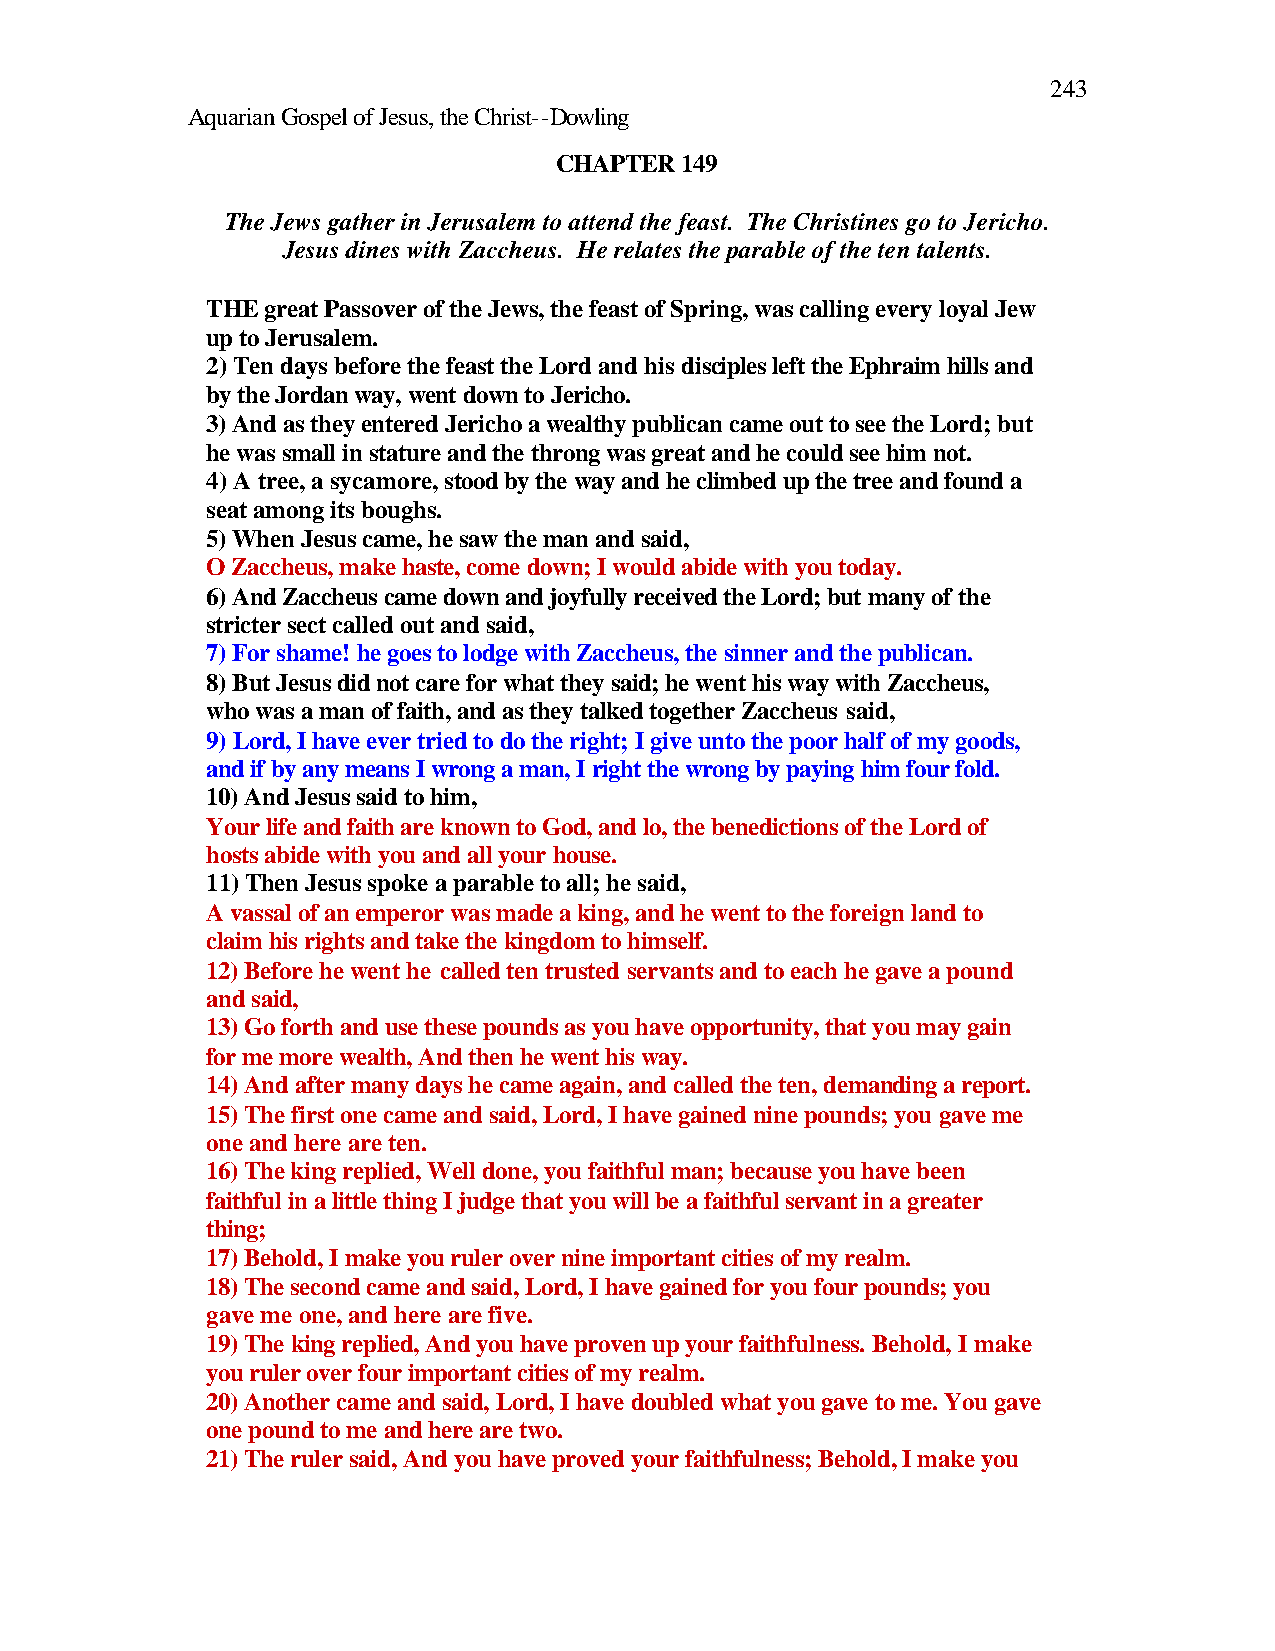
243
 Aquarian Gospel of Jesus, the Christ--Dowling
 CHAPTER 149
 The Jews gather in Jerusalem to attend the feast. The Christines go to Jericho.
 Jesus dines with Zaccheus. He relates the parable of the ten talents.
 THE great Passover of the Jews, the feast of Spring, was calling every loyal Jew
 up to Jerusalem.
 2) Ten days before the feast the Lord and his disciples left the Ephraim hills and
 by the Jordan way, went down to Jericho.
 3) And as they entered Jericho a wealthy publican came out to see the Lord; but
 he was small in stature and the throng was great and he could see him not.
 4) A tree, a sycamore, stood by the way and he climbed up the tree and found a
 seat among its boughs.
 5) When Jesus came, he saw the man and said,
 O Zaccheus, make haste, come down; I would abide with you today.
 6) And Zaccheus came down and joyfully received the Lord; but many of the
 stricter sect called out and said,
 7) For shame! he goes to lodge with Zaccheus, the sinner and the publican.
 8) But Jesus did not care for what they said; he went his way with Zaccheus,
 who was a man of faith, and as they talked together Zaccheus said,
 9) Lord, I have ever tried to do the right; I give unto the poor half of my goods,
 and if by any means I wrong a man, I right the wrong by paying him four fold.
 10) And Jesus said to him,
 Your life and faith are known to God, and lo, the benedictions of the Lord of
 hosts abide with you and all your house.
 11) Then Jesus spoke a parable to all; he said,
 A vassal of an emperor was made a king, and he went to the foreign land to
 claim his rights and take the kingdom to himself.
 12) Before he went he called ten trusted servants and to each he gave a pound
 and said,
 13) Go forth and use these pounds as you have opportunity, that you may gain
 for me more wealth, And then he went his way.
 14) And after many days he came again, and called the ten, demanding a report.
 15) The first one came and said, Lord, I have gained nine pounds; you gave me
 one and here are ten.
 16) The king replied, Well done, you faithful man; because you have been
 faithful in a little thing I judge that you will be a faithful servant in a greater
 thing;
 17) Behold, I make you ruler over nine important cities of my realm.
 18) The second came and said, Lord, I have gained for you four pounds; you
 gave me one, and here are five.
 19) The king replied, And you have proven up your faithfulness. Behold, I make
 you ruler over four important cities of my realm.
 20) Another came and said, Lord, I have doubled what you gave to me. You gave
 one pound to me and here are two.
 21) The ruler said, And you have proved your faithfulness; Behold, I make you